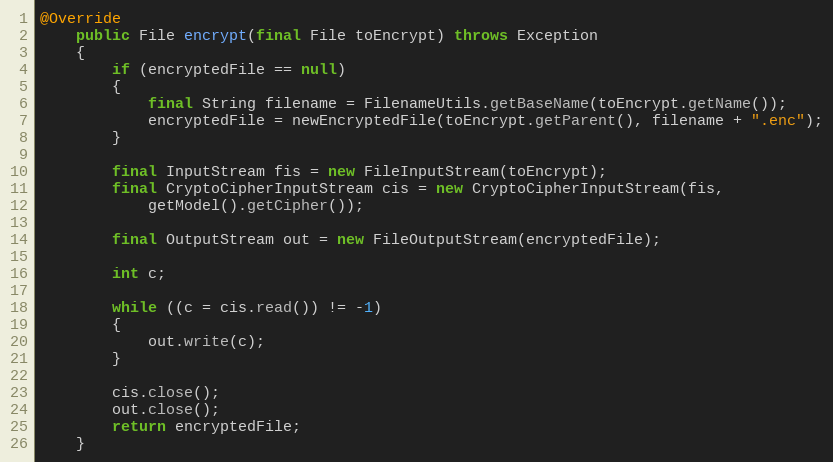
Language: Java
@Override
	public File encrypt(final File toEncrypt) throws Exception
	{
		if (encryptedFile == null)
		{
			final String filename = FilenameUtils.getBaseName(toEncrypt.getName());
			encryptedFile = newEncryptedFile(toEncrypt.getParent(), filename + ".enc");
		}

		final InputStream fis = new FileInputStream(toEncrypt);
		final CryptoCipherInputStream cis = new CryptoCipherInputStream(fis,
			getModel().getCipher());

		final OutputStream out = new FileOutputStream(encryptedFile);

		int c;

		while ((c = cis.read()) != -1)
		{
			out.write(c);
		}

		cis.close();
		out.close();
		return encryptedFile;
	}